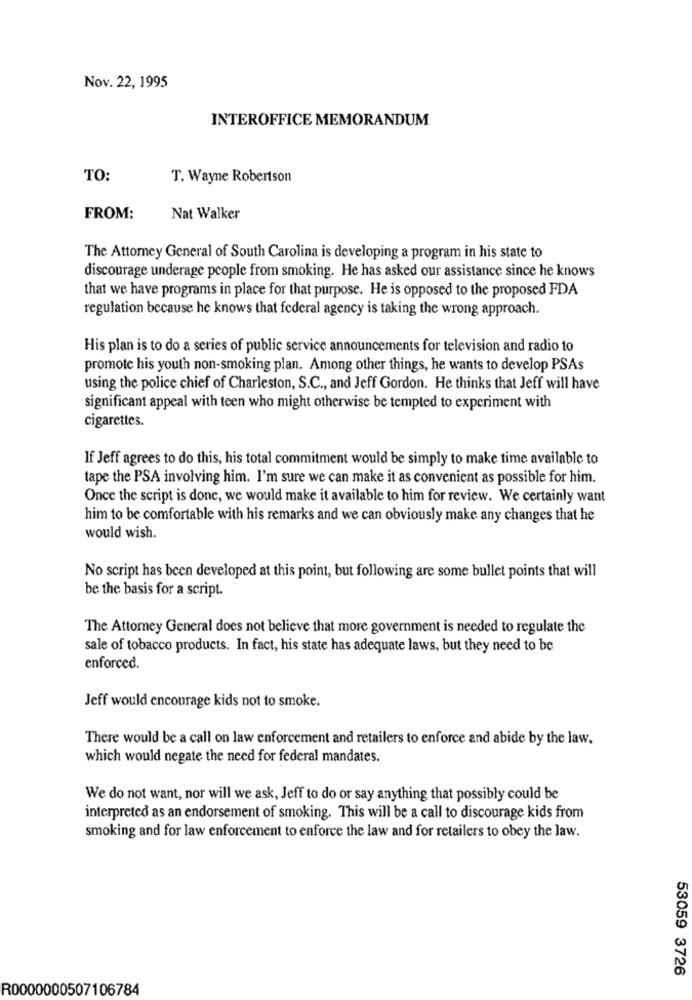
Nov. 22, 1995
INTEROFFICE MEMORANDUM
TO:
T. Wayne Robertson
FROM:
Nat Walker
The Attorney General of South Carolina is developing a program in his state to
discourage underage people from smoking. He has asked our assistance since he knows
that we have programs in place for that purpose. He is opposed to the proposed FDA
regulation because he knows that federal agency is taking the wrong approach.
His plan is to do a series of public service announcements for television and radio to
promote his youth non-smoking plan. Among other things, he wants to develop PSAs
using the police chief of Charleston, S.C ., and Jeff Gordon. He thinks that Jeff will have
significant appeal with teen who might otherwise be tempted to experiment with
cigarettes.
If Jeff agrees to do this, his total commitment would be simply to make time available to
tape the PSA involving him. I'm sure we can make it as convenient as possible for him.
Once the script is done, we would make it available to him for review. We certainly want
him to be comfortable with his remarks and we can obviously make any changes that he
would wish.
No script has been developed at this point, but following are some bullet points that will
be the basis for a script.
The Attorney General does not believe that more government is needed to regulate the
sale of tobacco products. In fact, his state has adequate laws, but they need to be
enforced.
Jeff would encourage kids not to smoke.
There would be a call on law enforcement and retailers to enforce and abide by the law.
which would negate the need for federal mandates.
We do not want, nor will we ask, Jeff to do or say anything that possibly could be
interpreted as an endorsement of smoking. This will be a call to discourage kids from
smoking and for law enforcement to enforce the law and for retailers to obey the law.
53059 3726
R0000000507106784